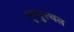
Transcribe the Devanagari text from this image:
मृत्युस्थल